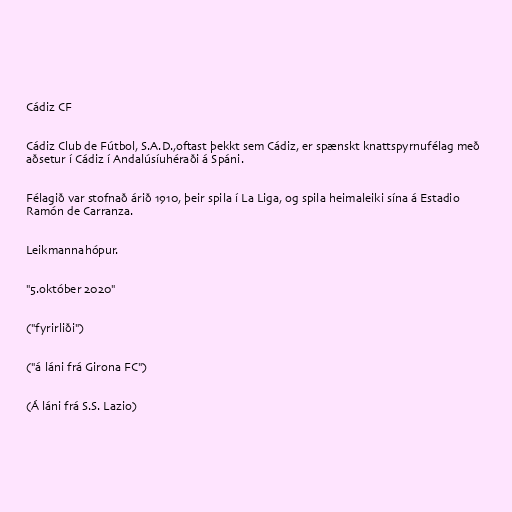
Cádiz CF

Cádiz Club de Fútbol, S.A.D.,oftast þekkt sem Cádiz, er spænskt knattspyrnufélag með
aðsetur í Cádiz í Andalúsíuhéraði á Spáni.

Félagið var stofnað árið 1910, þeir spila í La Liga, og spila heimaleiki sína á Estadio
Ramón de Carranza.

Leikmannahópur.

"5.október 2020"

("fyrirliði")

("á láni frá Girona FC")

(Á láni frá S.S. Lazio)